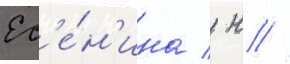
Ес'е́н'ина / н //